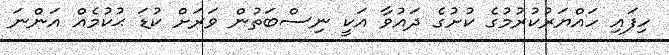
ހިފައި ހައްޔަރުކުރުމުގެ ކުށުގެ ދައުވާ އަކީ ނިސްބަތުން ވަރަށް ކުޑަ ޙުކުމެއް އަންނަ